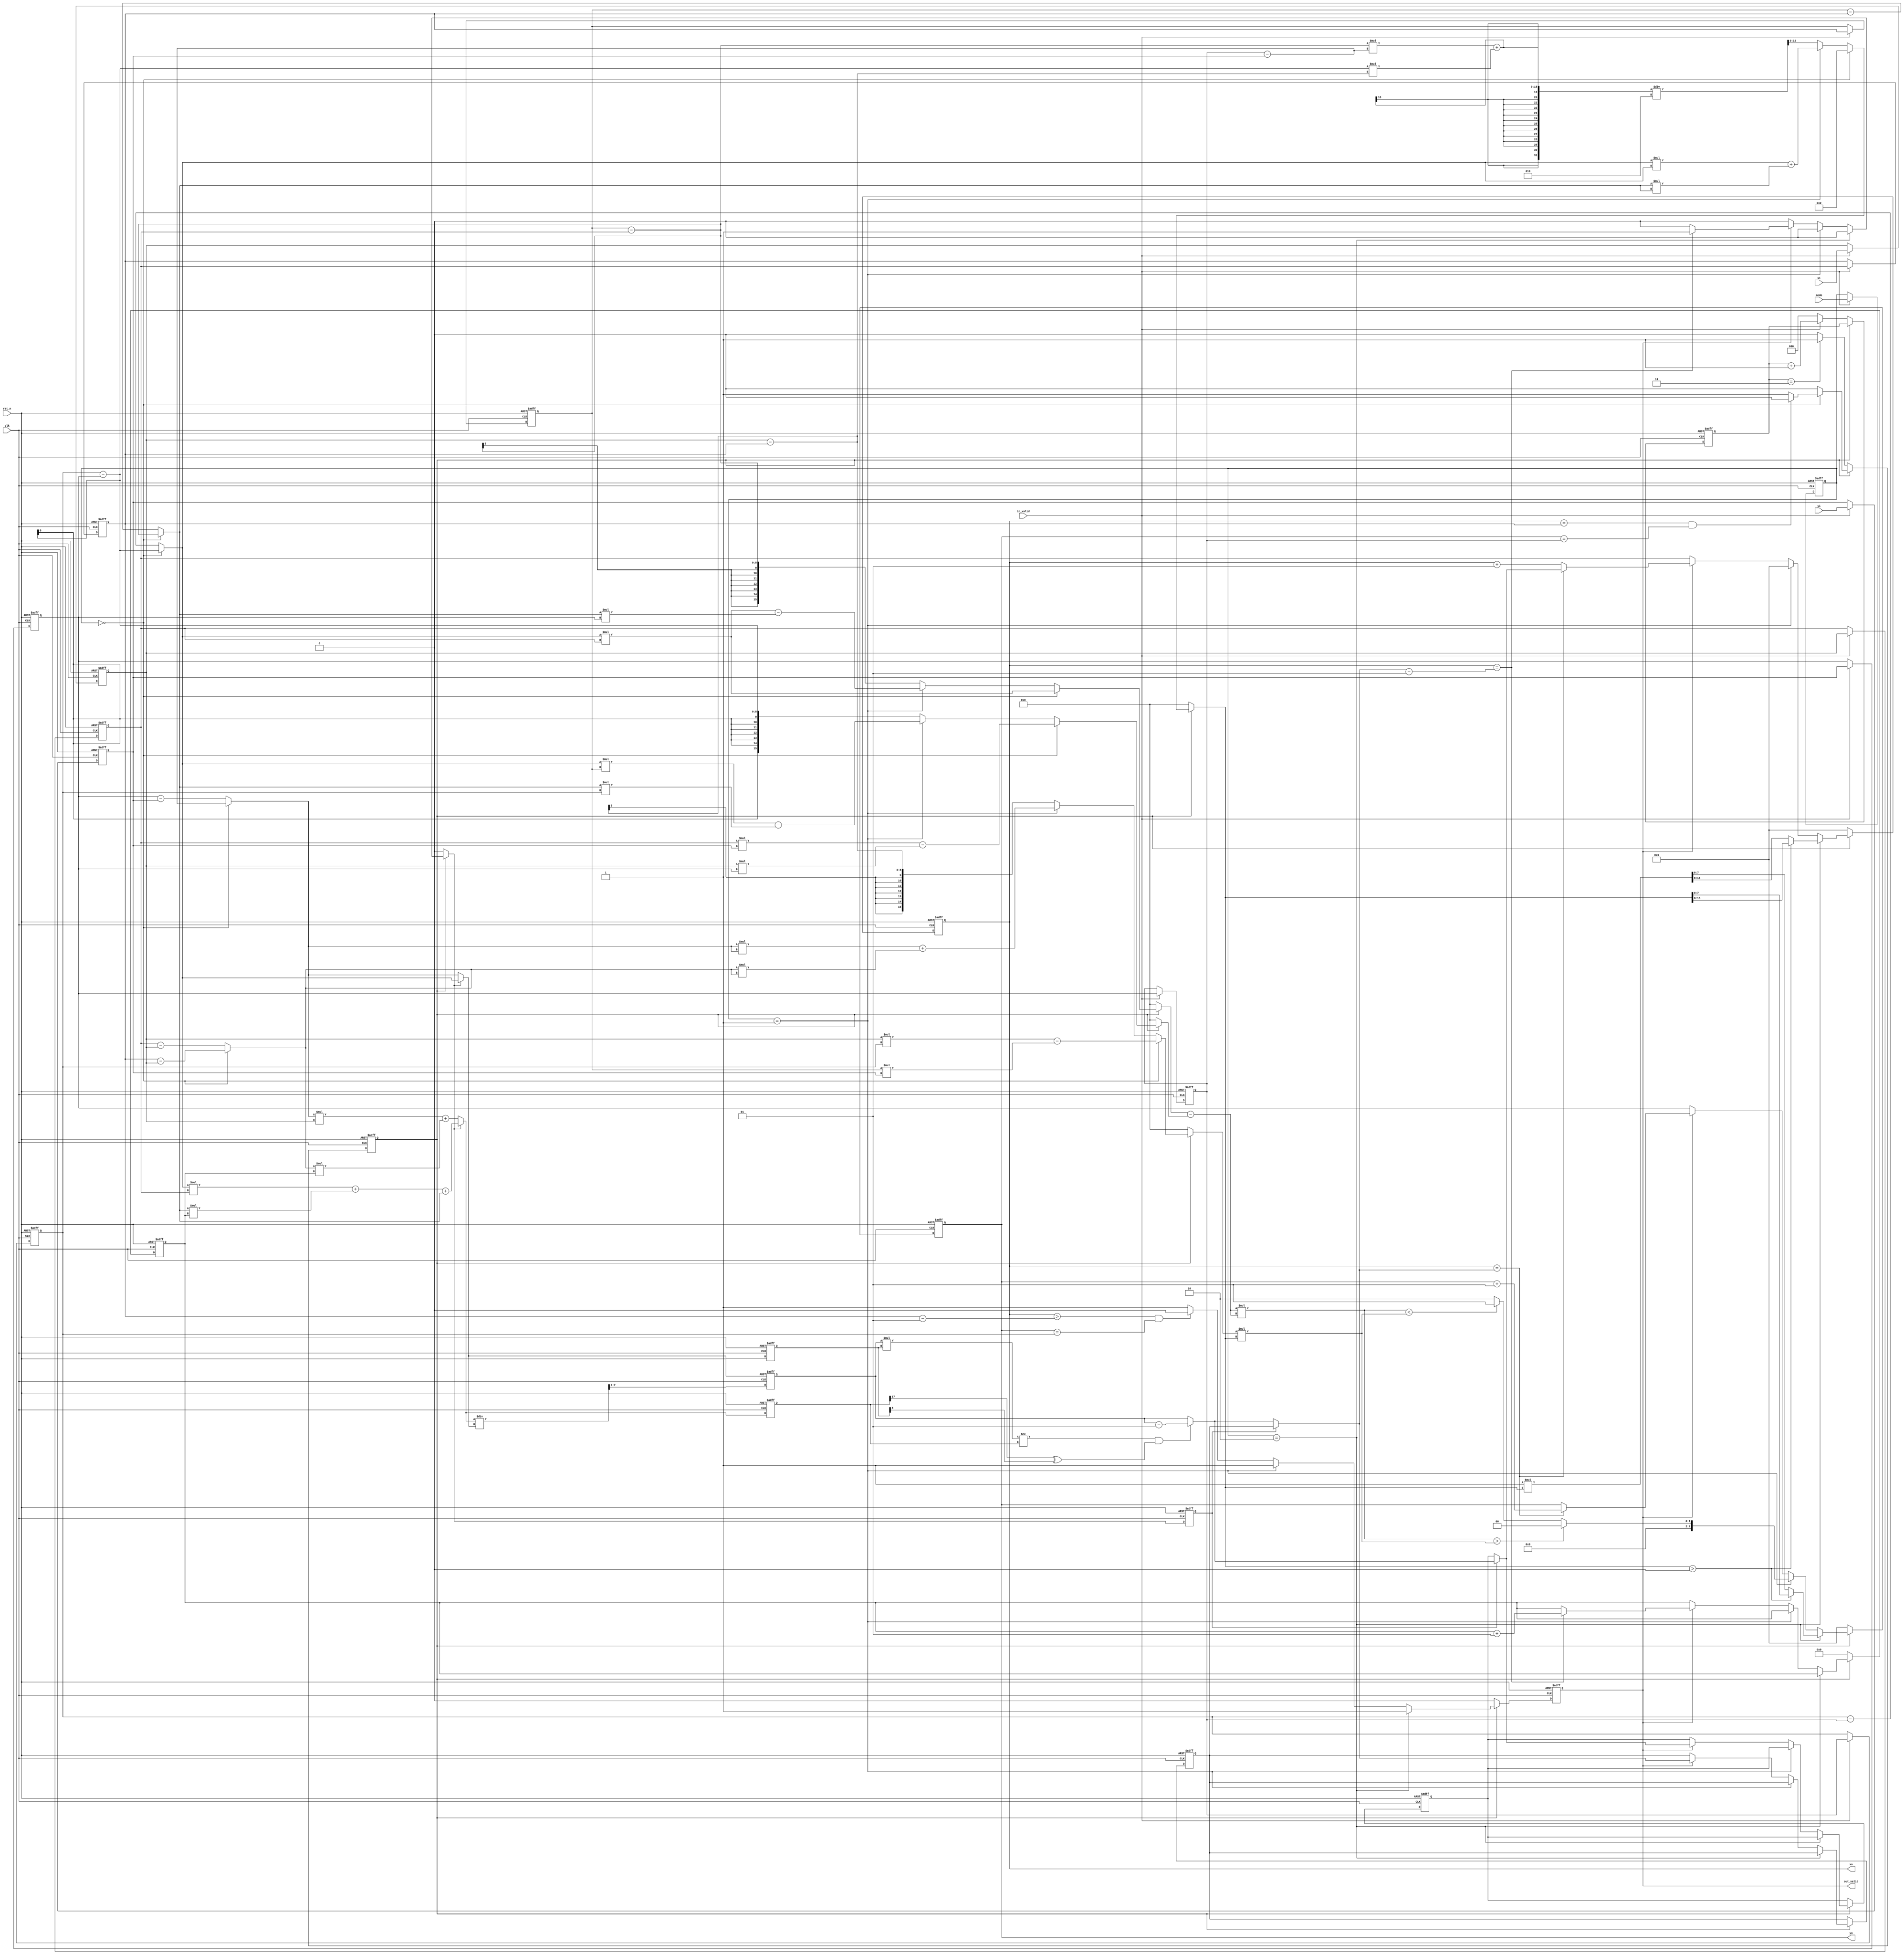
module CC(
    //Input Port
    clk,
    rst_n,
	in_valid,
	mode,
    xi,
    yi,

    //Output Port
    out_valid,
	xo,
	yo
    );

input               clk, rst_n, in_valid;
input       [1:0]   mode;
input       [7:0]   xi, yi;  

output reg          out_valid;
output reg signed [7:0]   xo, yo;

//reg [2:0] current_state, next_state;
reg current_state, next_state;
reg signed [7:0] X_input, Y_input;
reg signed [7:0] X_ur_dff, X_ul_dff, X_lr_dff, X_ll_dff, Y_ur_dff,Y_ul_dff, Y_lr_dff, Y_ll_dff;
reg [1:0] mode_dff;
reg [7:0] xo_comb, yo_comb;

reg signed [8:0] delta_y,delta_y_dff;//changed

reg out_valid_comb;

reg signed [7:0] lowerB_r, upperB_r, newlowerB_r;//changed
//==============================================//
//             Parameter and Integer            //
//==============================================//

parameter IDLE = 1'd0;
parameter Calculation = 1'd1;
//==============================================//
//            FSM State Declaration             //
//==============================================//
reg[2:0] timer, time_dff;
always@(negedge rst_n or posedge clk)begin 
	if(!rst_n)begin
		current_state <= IDLE;
		time_dff <= 0;
		
	end
	else begin
		
		time_dff <= timer;
		current_state <= next_state;
		
	end
	
end 

always@(*)begin
	timer = time_dff;
	if(current_state == IDLE)begin
		if(in_valid == 1)begin
			timer = time_dff + 1;
		end
		else if(time_dff == 3)begin
			timer = 0;
		end
		else begin
			timer = 0;
		end
		if(time_dff == 3)begin
			next_state = Calculation;
		end
		else begin
			next_state = IDLE;
		end
	end
	else begin
		if(mode_dff == 0)begin
			//next_state = output_mode_0;
			if(xo == X_ur_dff && yo == Y_ur_dff)begin
				next_state = IDLE;
			end
			else begin
				next_state = Calculation;
			end
		end
		else begin
			next_state = IDLE;
		end 
	end
end
//==============================================//
//                 input shift register         //
//==============================================//
always@(negedge rst_n or posedge clk)begin
	if(!rst_n)begin
		X_ur_dff <= 0;
		X_ul_dff <= 0;
		X_lr_dff <= 0;
		X_ll_dff <= 0;
		
		Y_ul_dff <= 0;
		Y_ur_dff <= 0;
		Y_ll_dff <= 0;
		Y_lr_dff <= 0;
		
		mode_dff <= 0;
	end
	else begin
		if(in_valid == 1)begin
			mode_dff <= mode;
			X_lr_dff <= xi;
			X_ll_dff <= X_lr_dff;
			X_ur_dff <= X_ll_dff;
			X_ul_dff <= X_ur_dff;
			
			Y_lr_dff <= yi;
			Y_ll_dff <= Y_lr_dff;
			Y_ur_dff <= Y_ll_dff;
			Y_ul_dff <= Y_ur_dff;
		end
		else begin
			mode_dff <= mode_dff;
			X_ul_dff <= X_ul_dff; 
			X_ur_dff <= X_ur_dff;
			X_ll_dff <= X_ll_dff;
			X_lr_dff <= X_lr_dff;
			
			Y_ul_dff <= Y_ul_dff;
			Y_ur_dff <= Y_ur_dff;
			Y_ll_dff <= Y_ll_dff;
			Y_lr_dff <= Y_lr_dff;
		end
		
	end
end
//==============================================//
//             Current State Block              //
//==============================================//



//==============================================//
//              Next State Block                //
//==============================================//


//==============================================//
//                  Input Block                 //
//==============================================//


//==============================================//
//              Calculation Block1              //
//==============================================//
//line1_dy, line1_dx,line2_dy, line1_dx;
reg signed [8:0] line1_dy, line1_dx, line2_dy, line2_dx;
reg signed [15:0] area1, area2, area3, area4, area5, area1_reg, area2_reg, area3_reg, area4_reg ;
reg signed [15:0] area5_reg, area5_reg_reg;

reg signed [8:0] lineRD_dy_dff, lineRD_dy;
reg signed [25:0] check_p1,check_p2;
reg signed [7:0] new_check_r, new_input_r_b_reg, new_next_lowerB_r_dff, new_upper_r_dff;
reg signed [17:0] for_round_down;  
wire signed [17:0] for_round_down_comb;
wire signed [17:0] new_upper, new_next_lowerB;
reg flag, flag_dff;
//wire signed [7:0] new_upper_r_b, new_next_lowerB_r_b;
wire signed [7:0] new_input_r_b;
reg signed [7:0] new_input_r;
reg signed [7:0] new_upper_r, new_next_lowerB_r;

assign new_next_lowerB = line1_dy * X_ll_dff + line1_dx * delta_y_dff + line1_dx;
assign new_upper = line2_dy * X_lr_dff + line2_dx * delta_y_dff;
/* assign new_next_lowerB_r_b = new_next_lowerB / line1_dy;
assign new_upper_r_b = new_upper / line2_dy; */

assign for_round_down_comb = (flag == 1)? new_next_lowerB : new_upper;
assign lineRD_dy = (flag == 1)? line1_dy: line2_dy;
assign new_input_r_b =  for_round_down_comb / lineRD_dy ;
always@(posedge clk or negedge rst_n)begin
	if(!rst_n)begin
		new_next_lowerB_r_dff <= 0;
		new_upper_r_dff <= 0; 
		new_input_r_b_reg <= 0;
		flag_dff <= 0;
		lineRD_dy_dff <= 0;
		for_round_down <= 0;
	end
	else begin
		lineRD_dy_dff <= lineRD_dy;
		new_next_lowerB_r_dff <= new_next_lowerB_r;
		new_upper_r_dff <= new_upper_r; 
		new_input_r_b_reg <= new_input_r_b;
		flag_dff <= flag;
		for_round_down <= for_round_down_comb;
	end
end
/* always@(*)begin
	if(new_next_lowerB_r_b * line1_dy != new_next_lowerB  && new_next_lowerB[17] ^ line1_dy[8])begin
		new_next_lowerB_r = new_next_lowerB_r_b - 1;
	end
	else begin
		new_next_lowerB_r = new_next_lowerB_r_b;
	end
	if(new_upper_r_b * line2_dy != new_upper && new_upper[17] ^ line2_dy[8])begin
		new_upper_r = new_upper_r_b - 1;
	end
	else begin
		new_upper_r = new_upper_r_b;
	end
end */
always@(*)begin
	if(new_input_r_b_reg * lineRD_dy_dff != for_round_down  && for_round_down[17] ^ lineRD_dy_dff[8])begin
		new_input_r = new_input_r_b_reg - 1;
	end
	else begin
		new_input_r = new_input_r_b_reg;
	end
end
assign line1_dx = (mode_dff == 0) ? X_ul_dff - X_ll_dff : X_ul_dff - X_ur_dff;
assign line1_dy = (mode_dff == 0) ? Y_ul_dff - Y_ll_dff : Y_ul_dff - Y_ur_dff;
assign line2_dx = (mode_dff == 0) ? X_ur_dff - X_lr_dff : X_ll_dff - X_lr_dff;
assign line2_dy = (mode_dff == 0) ? Y_ur_dff - Y_lr_dff : Y_ll_dff - Y_lr_dff; 
always@(*)begin
	area1 = 0;
	area2 = 0; 
	area3 =	0;
	area4 = 0;
	area5 = 0;
	if(current_state == Calculation)begin
		if(mode_dff == 0)begin
			
			
			area1 = line1_dy * X_ll_dff;
			area2 = line2_dy * X_lr_dff;
			area3 =	(X_ll_dff * Y_lr_dff - X_lr_dff * Y_ll_dff) ;
			area4 =	(X_lr_dff * Y_ul_dff - X_ul_dff * Y_lr_dff) ;
			area5 = 2;
		end
		else if(mode_dff == 1)begin
			area1 = (line1_dy * X_ll_dff - line1_dx * Y_ll_dff);
			area2 = (line1_dy * X_ll_dff - line1_dx * Y_ll_dff); 
			area3 =	(line1_dy * X_ul_dff - line1_dx * Y_ul_dff);
			area4 = line2_dy * line2_dy + line2_dx * line2_dx;
			area5 = line1_dy * line1_dy + line1_dx * line1_dx;

		end
		else begin
			
			/* area1 = (X_ul_dff * Y_ur_dff - X_ur_dff * Y_ul_dff);
			area2 = (X_ur_dff * Y_ll_dff - X_ll_dff * Y_ur_dff);
			area3 =	(X_ll_dff * Y_lr_dff - X_lr_dff * Y_ll_dff) ;
			area4 =	(X_lr_dff * Y_ul_dff - X_ul_dff * Y_lr_dff) ; */
			area1 = X_ul_dff - X_ll_dff;
			area2 = Y_ur_dff - Y_lr_dff;
			area3 =	Y_ul_dff - Y_ll_dff;
			area4 =	X_lr_dff - X_ur_dff;
			area5 = (area1 * area2 + area3 * area4) / 2;
			
		end
	end	

end

//==============================================//
//              Calculation Block2              //
//==============================================//



//==============================================//
//              Calculation Block3              //
//==============================================//

//==============================================//
//                Output Block                  //
//==============================================//

always@(negedge rst_n or posedge clk)begin
	if(!rst_n)begin
		xo <= 0;
		delta_y_dff <= 0;
		yo <= 0;
		out_valid <= 0;
	end
	else begin
		delta_y_dff <= delta_y;
		xo <= xo_comb;
		yo <= yo_comb;
		out_valid <= out_valid_comb;
	end
end
//assign out_valid_delay = (mode_dff == 0 )?out_valid_reg : out_valid_comb;  
reg signed [24:0] temp;
reg check_bool3;
reg signed [24:0] temp_minus;
reg gg;
always@(*)begin
	delta_y = delta_y_dff;
	temp = 0;
	temp_minus = -1 * area5;
	check_p2 = 0;
	flag = 0;
	new_upper_r = new_upper_r_dff;
	new_next_lowerB_r = new_next_lowerB_r_dff;
	if(current_state == Calculation)begin
		
		out_valid_comb = 1;
		if(mode_dff == 2)begin
			if(area5 > 0)begin
				xo_comb = area5[15:8];
				yo_comb = area5[7:0];
			end
			else begin
				xo_comb = temp_minus[15:8];
				yo_comb = temp_minus[7:0];
			end
		end
		else if(mode_dff == 1)begin
			temp = (area1  - area3 ) * (area1  - area3);
			check_p2 = area4 * area5;
			if(temp > check_p2)begin
				xo_comb = 0;
				yo_comb = 0;
			end
			else if (temp < check_p2)begin
				xo_comb = 0;
				yo_comb = 1;
			end
			else begin
				xo_comb = 0;
				yo_comb = 2;
			end
		end	
		else begin
			if(xo > X_ur_dff - 1 && yo == Y_ul_dff )begin
				out_valid_comb = 0;
			end
		
			if(out_valid == 1)begin
				/* if(xo < new_upper_r )begin
					xo_comb = xo + 1;
					yo_comb = yo;
				end */
				if(flag_dff == 1)begin
					new_next_lowerB_r =  new_input_r;
				end
				else begin
					new_upper_r = new_input_r;
				end
				xo_comb = xo + 1;
				yo_comb = yo;
				gg = xo == new_upper_r;
				if(xo == new_upper_r )begin
					xo_comb = new_next_lowerB_r;
					yo_comb = yo + 1;
				end
				if(xo  == new_upper_r - 1 )begin
					delta_y = delta_y_dff + 1;
					flag = 1;
				end
				
				
			end
			else begin
				xo_comb = X_ll_dff;
				yo_comb = Y_ll_dff;
			end
		end	
	end
	//IDLE
	else begin
		delta_y = 0;
		out_valid_comb = 0;
		xo_comb = 0;
		yo_comb = 0;

	end
end





endmodule